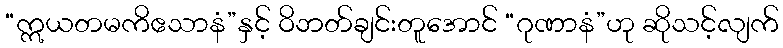
“ဣယတမကိဧသာနံ”နှင့် ဝိဘတ်ချင်းတူအောင် “ဂုဏာနံ”ဟု ဆိုသင့်လျက်